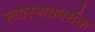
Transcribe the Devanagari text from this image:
स्वास्थयवर्धक